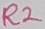
Text: R2